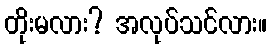
တိုးမလား? အလုပ်သင်လား။